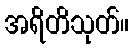
အရိတိသုတ်။